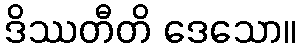
ဒိဿတီတိ ဒေသော။